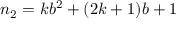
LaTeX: n _ { 2 } = k b ^ { 2 } + ( 2 k + 1 ) b + 1